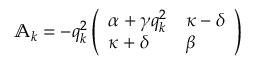
\begin{array} { r } { \mathbb { A } _ { k } = - q _ { k } ^ { 2 } \left( \begin{array} { l l } { \alpha + \gamma q _ { k } ^ { 2 } } & { \kappa - \delta } \\ { \kappa + \delta } & { \beta } \end{array} \right) \, } \end{array}